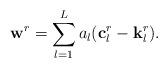
LaTeX: \begin{align*}\mathbf w^r =\sum_{l=1}^{L} a_{l} (\mathbf c_l^r -\mathbf k_l^r).\end{align*}